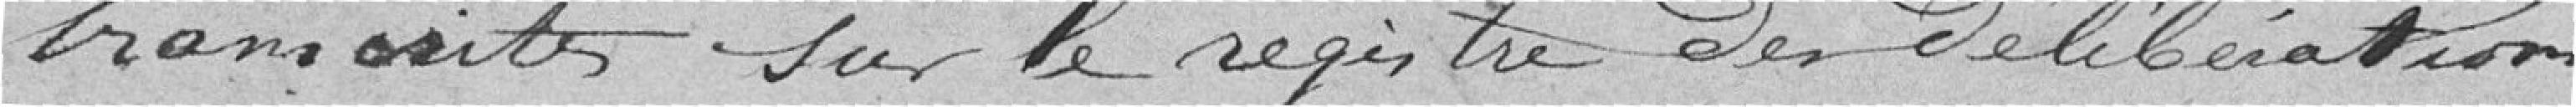
transcrites sur le registre des délibérations